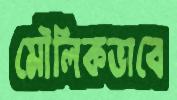
মৌলিকভাবে